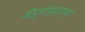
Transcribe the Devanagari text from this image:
जीर्णोध्दाराच्या